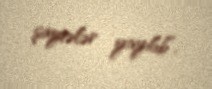
şayiələr yayılıb”.